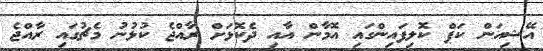
އޭޝިއަން ކަޕް ކޮލިފައިންގައި އޮމާން އާއި ދެކޮޅަށް ރާއްޖެ ކުޅުނު މެޗުގައި ރާއްޖެ